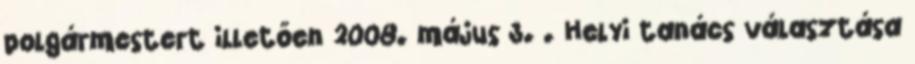
polgármestert illetően 2008. május 3. . Helyi tanács választása